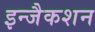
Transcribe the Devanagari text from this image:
इन्जैकशन